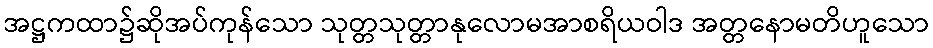
အဋ္ဌကထာ၌ဆိုအပ်ကုန်သော သုတ္တသုတ္တာနုလောမအာစရိယဝါဒ အတ္တနောမတိဟူသော